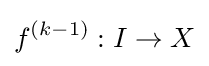
f^{(k-1)}:I\to X